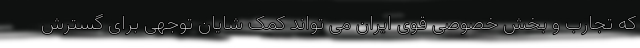
که تجارب و بخش خصوصی قوی ایران می تواند کمک شایان توجهی برای گسترش